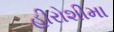
હીરોશીમા